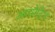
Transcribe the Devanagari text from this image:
अगमेटिन